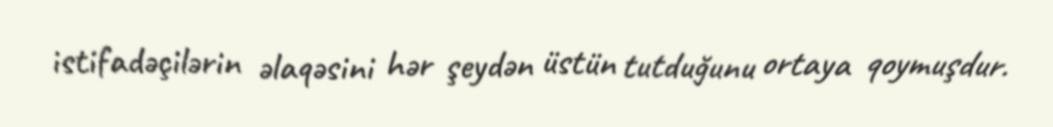
istifadəçilərin əlaqəsini hər şeydən üstün tutduğunu ortaya qoymuşdur.